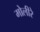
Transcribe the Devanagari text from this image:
मोलीरे